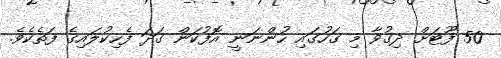
50 ފޫޓަށް ދިގުވާ މި ގަހުގައި ހުންނަނީ އޮފުކަން ގަދަ ފެހިކުލައިގެ ފަތެކެވެ.